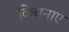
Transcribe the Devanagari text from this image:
किंचनाए